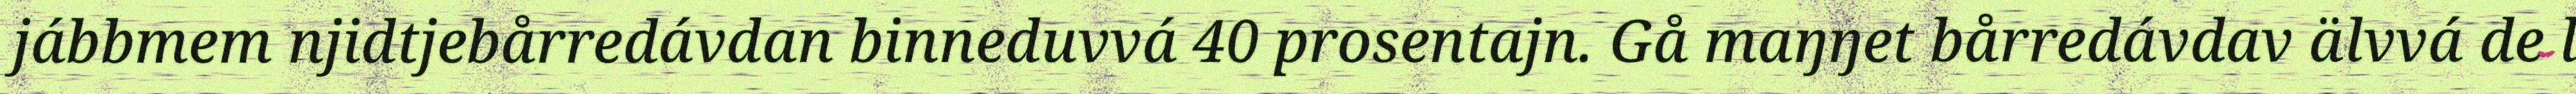
jábbmem njidtjebårredávdan binneduvvá 40 prosentajn. Gå maŋŋet bårredávdav älvvá de l